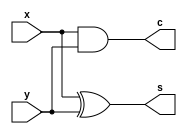
//Half Adder in Data flow model

module half_adder(s,c,x,y);
input wire x,y;
output wire s,c;
xor (s,x,y);
and (c,x,y);
endmodule